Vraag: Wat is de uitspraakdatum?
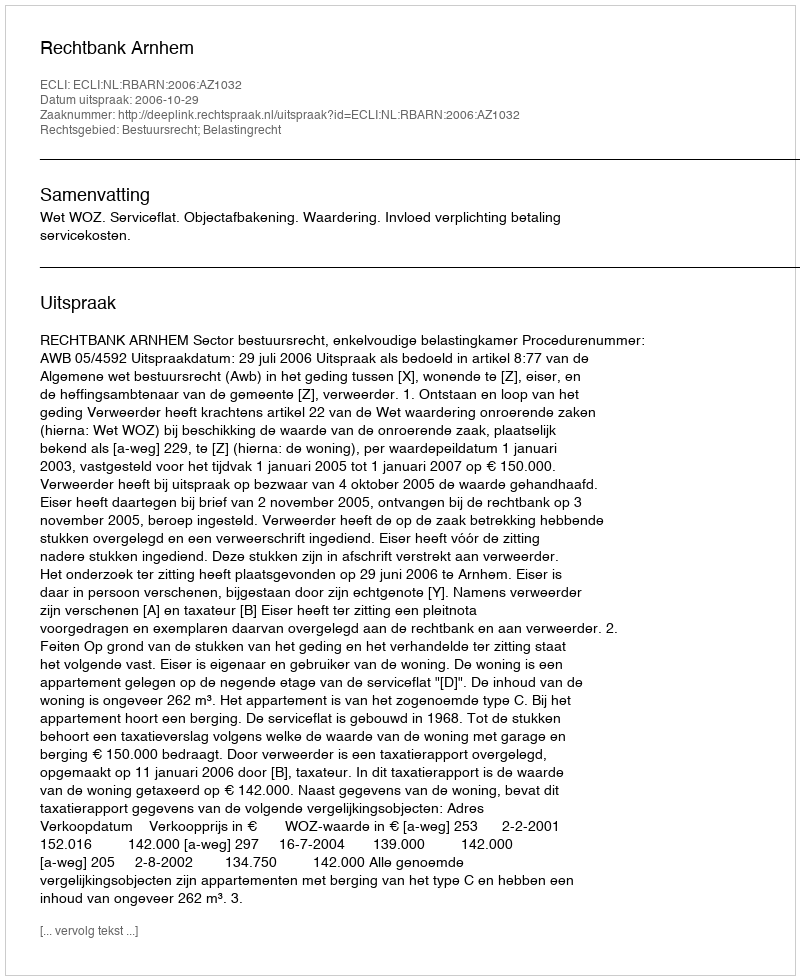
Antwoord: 2006-10-29